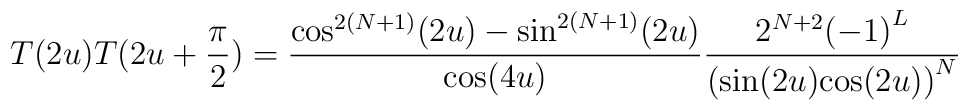
T(2u)T(2u+\frac{\pi}{2})=\frac{{\cos}^{2(N+1)}(2u)-{\sin}^{2(N+1)}(2u)}{\cos(4u)}\frac{2^{N+2}{(-1)}^{L}}{({{\sin}(2u){\cos}(2u))}^{N}}